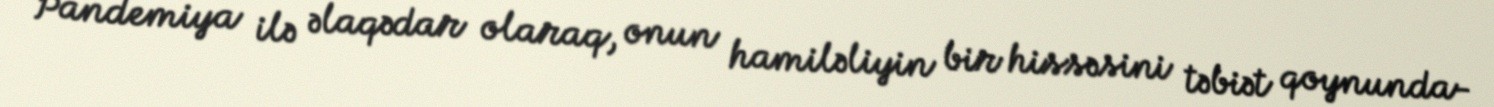
Pandemiya ilə əlaqədar olaraq, onun hamiləliyin bir hissəsini təbiət qoynunda-